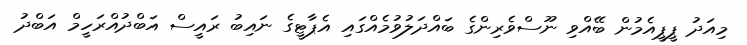
މިއަދު ޕީޕީއެމުން ބޭއްވި ނޫސްވެރިންގެ ބައްދަލުވުމެއްގައި އެޕާޓީގެ ނައިބު ރައީސް އަބްދުއްރަހީމް އަބްދު